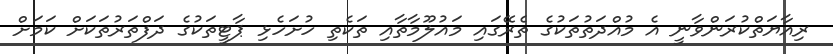
ރިއާޔަތްކުރަންވާނީ އެ މުއްދަތުތަކުގެ ތެރޭގައި މައުލޫމާތާއި ތަކެތި ހުށަހެޅި ޕާޓީތަކުގެ ދަފްތަރުތަކަށް ކަމަށް